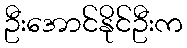
ဦးအောင်နိုင်ဦးက